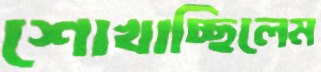
শোখাচ্ছিলেম